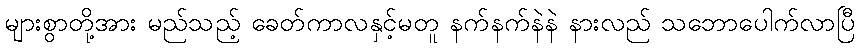
များစွာတို့အား မည်သည့် ခေတ်ကာလနှင့်မတူ နက်နက်နဲနဲ နားလည် သဘောပေါက်လာပြီ